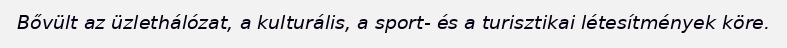
Bővült az üzlethálózat, a kulturális, a sport- és a turisztikai létesítmények köre.